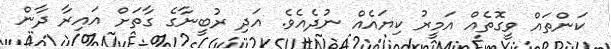
ކަންތައް ވީގޮތެއް އަމީރު ކިޔައެއް ނުދެއެވެ. އަދި ރުބީނާގެ ގާތަށް އައިރާ ދާން